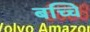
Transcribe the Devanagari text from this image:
बच्चेि